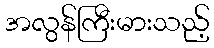
အလွန်ကြီးမားသည့်